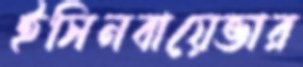
ইসিনবায়েভার